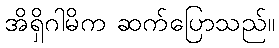
အိရှိဂါမိက ဆက်ပြောသည်။